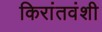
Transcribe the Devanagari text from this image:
किरांतवंशी